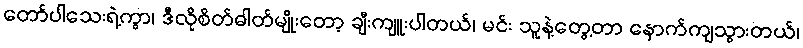
တော်ပါသေးရဲ့ကွာ၊ ဒီလိုစိတ်ဓါတ်မျိုးတော့ ချီးကျူးပါတယ်၊ မင်း သူနဲ့တွေ့တာ နောက်ကျသွားတယ်၊